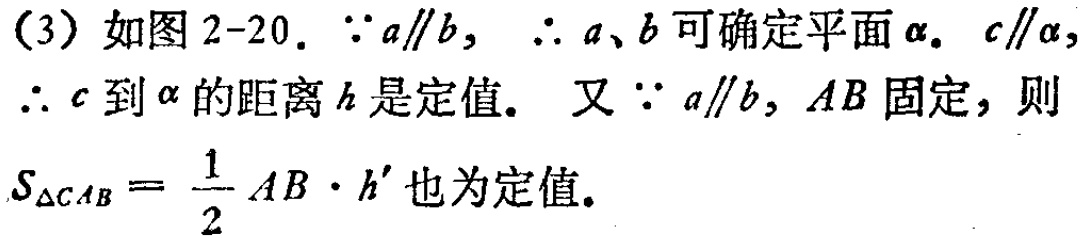
(3) 如图 2-20. $\because a\parallel b$, $\therefore a、b$ 可确定平面 $\alpha$. $c\parallel\alpha$, $\therefore c$ 到 $\alpha$ 的距离 $h$ 是定值. 又 $\because a\parallel b$, $AB$ 固定，则 $S_{\triangle CAB}=\frac{1}{2}AB\cdot h'$ 也为定值.